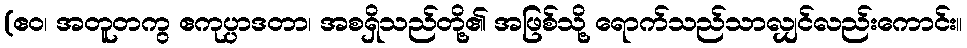
(ဧဝ၊ အတူတကွ ဧကုပ္ပာဒတာ၊ အစရှိသည်တို့၏ အဖြစ်သို့ ရောက်သည်သာလျှင်လည်းကောင်း။